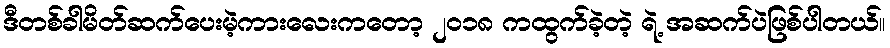
ဒီတစ်ခါမိတ်ဆက်ပေးမဲ့ကားလေးကတော့ ၂၀၁၈ ကထွက်ခဲ့တဲ့ ရဲ့ အဆက်ပဲဖြစ်ပါတယ်။